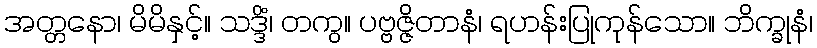
အတ္တနော၊ မိမိနှင့်။ သဒ္ဒိံ၊ တကွ။ ပဗ္ဗဇ္ဇိတာနံ၊ ရဟန်းပြုကုန်သော။ ဘိက္ခုနံ၊